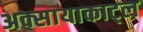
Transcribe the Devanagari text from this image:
अक्सायाकाट्ल